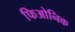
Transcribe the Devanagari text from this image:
फिओनिक